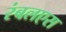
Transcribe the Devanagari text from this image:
रंबलएस